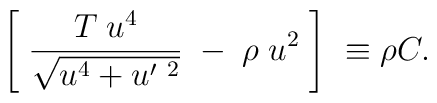
\left[\;  \frac{T \; u^{4}}{\sqrt{u^4+ u^{\prime\ 2} }}\; -\; \rho \; u^2\;  \right]\ \equiv \rho C.